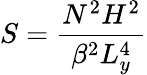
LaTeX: S=\frac{N^{2}H^{2}}{\beta^{2}L_{y}^{4}}